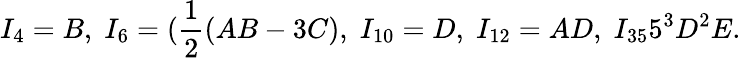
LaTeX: I_{4}=B,\; I_{6}=(\frac{1}{2}(AB-3C),\; I_{10}=D,\; I_{12}=AD,\; I_{35}5^{3}D^{2}E.